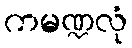
ကမဏ္ဍလုံ